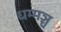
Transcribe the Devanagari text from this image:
धम्मञ्च